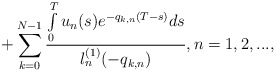
\begin{align*}+\sum\limits_{k=0}^{N-1}\frac{\int\limits_0^Tu_n(s)e^{-q_{k,n}(T-s)}ds}{l^{(1)}_n(-q_{k,n})},n=1,2,...,\end{align*}